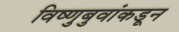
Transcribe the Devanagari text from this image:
विष्णुबुवांकडून